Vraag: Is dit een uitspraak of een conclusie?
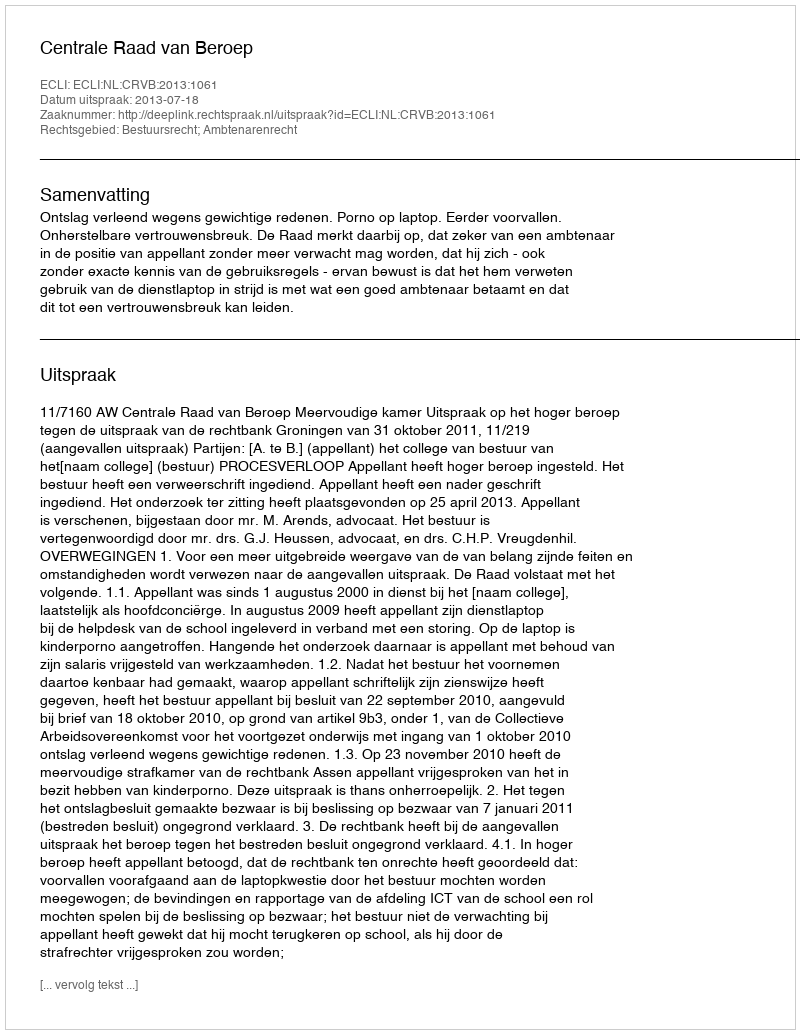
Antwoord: Uitspraak